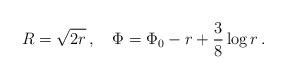
LaTeX: \begin{align*}R = \sqrt{2r}\,, \quad \Phi = \Phi_0 - r + \frac{3}{8} \log r\,.\end{align*}